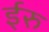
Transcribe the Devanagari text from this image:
ईरु